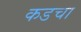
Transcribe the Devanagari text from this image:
कडचा